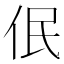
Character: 𪜳